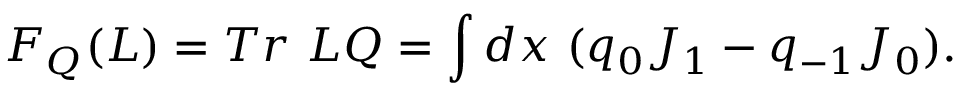
F _ { Q } ( L ) = T r { ~ } L Q = \int d x { ~ } ( q _ { 0 } J _ { 1 } - q _ { - 1 } J _ { 0 } ) .